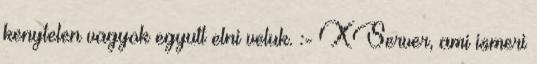
kenytelen vagyok egyutt elni veluk. :- XServer, ami ismeri